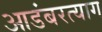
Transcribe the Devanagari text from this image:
आडंबरत्याग